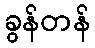
ခွန်တန်